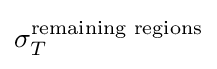
\sigma _{T}^{\text{remaining regions}}